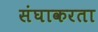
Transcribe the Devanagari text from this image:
संघाकरता